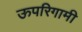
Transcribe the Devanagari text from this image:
ऊपरिगामी